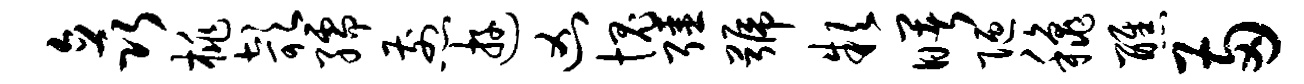
矗桃欹孺煎游凶愧强号款曙陋秋醮两